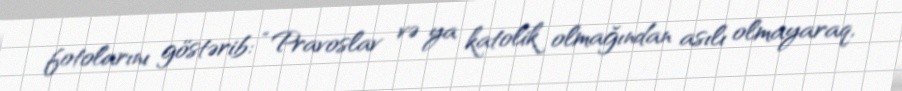
fotolarını göstərib: “Pravoslav və ya katolik olmağından asılı olmayaraq,